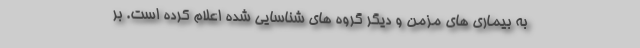
به بیماری های مزمن و دیگر گروه های شناسایی شده اعلام کرده است. بر